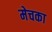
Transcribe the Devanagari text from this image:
मेचका